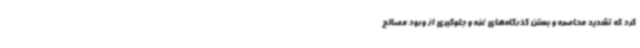
کرد که تشدید محاصره و بستن گذرگاه‌های غزه و جلوگیری از ورود مصالح